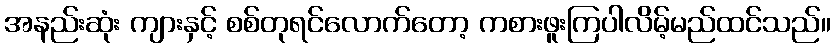
အနည်းဆုံး ကျားနှင့် စစ်တုရင်လောက်တော့ ကစားဖူးကြပါလိမ့်မည်ထင်သည်။